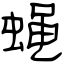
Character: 蝇